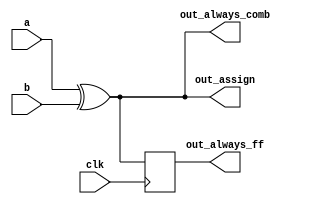
// synthesis verilog_input_version verilog_2001
module top_module(
    input clk,
    input a,
    input b,
    output wire out_assign,
    output reg out_always_comb,
    output reg out_always_ff   );

    assign out_assign=a^b;
    
    always @ (*)begin
        out_always_comb=a^b;
    end
    
    always @ (posedge clk)begin
        out_always_ff<= a^b;
    end
endmodule